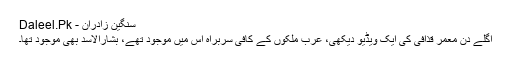
سنگین زادران - Daleel.Pk
اگلے دن معمر قذافی کی ایک ویڈیو دیکھی، عرب ملکوں کے کافی سربراہ اس میں موجود تھے، بشارالاسد بھی موجود تھا۔